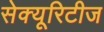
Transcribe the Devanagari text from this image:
सेक्यूरिटीज